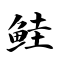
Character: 鲑